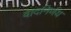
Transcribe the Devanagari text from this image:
वादनिर्णय